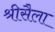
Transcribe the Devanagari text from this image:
श्रीसैला